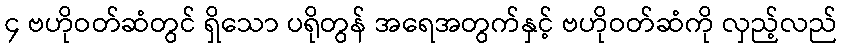
၄ ဗဟိုဝတ်ဆံတွင် ရှိသော ပရိုတွန် အရေအတွက်နှင့် ဗဟိုဝတ်ဆံကို လှည့်လည်